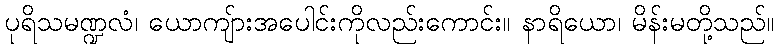
ပုရိသမဏ္ဍလံ၊ ယောကျ်ားအပေါင်းကိုလည်းကောင်း။ နာရိယော၊ မိန်းမတို့သည်။